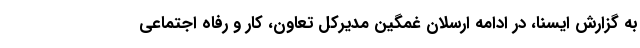
به گزارش ایسنا، در ادامه ارسلان غمگین مدیرکل تعاون، کار و رفاه اجتماعی